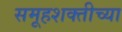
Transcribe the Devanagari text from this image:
समूहशक्तीच्या